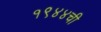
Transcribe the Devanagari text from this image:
१९४४ची